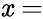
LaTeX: \mathit{x}=